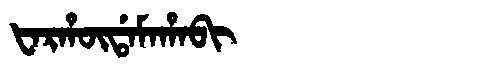
Manchu: ᡶᠠᡵᡥᡡᡩᠠᠮᠠᡥᠠᠪᡳ
Romanization: FARHŪDAMAHABI